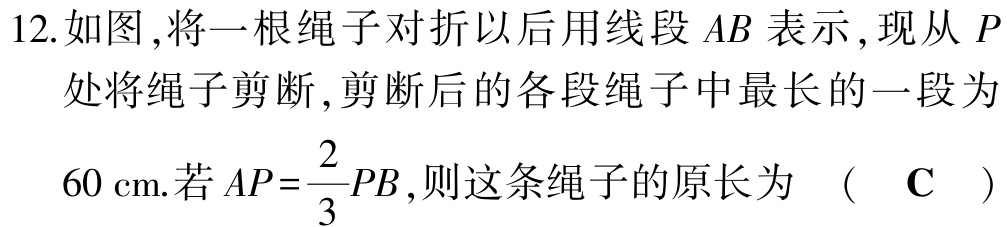
12.如图,将一根绳子对折以后用线段 \(AB\) 表示,现从 \(P\) 处将绳子剪断,剪断后的各段绳子中最长的一段为 \(60 \text{cm}\).若 \(AP = \frac{2}{3}PB\),则这条绳子的原长为 （ \(\mathbf{C}\) ）